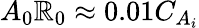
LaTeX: A_{0}\mathbb{R}_{0}\approx0.01C_{A_{i}}